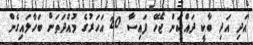
އަދި އަދި ބާކީ ދައްކަން ޖެހޭ ފައިސާ 20 އަހަރުގެ މުއްދަތަށް ބަހާލައިގެން